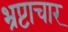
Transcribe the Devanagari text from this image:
भ्रप्टाचार